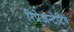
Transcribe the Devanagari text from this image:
रिप्रेजन्टेटिव